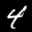
Label: 4